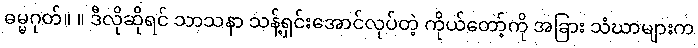
ဓမ္မဂုတ်။ ။ ဒီလိုဆိုရင် သာသနာ သန့်ရှင်းအောင်လုပ်တဲ့ ကိုယ်တော့်ကို အခြား သံဃာများက